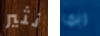
نثير ربما